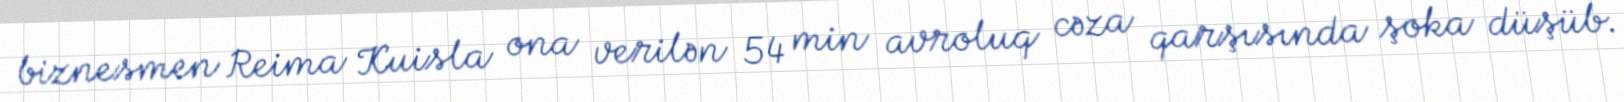
biznesmen Reima Kuisla ona verilən 54 min avroluq cəza qarşısında şoka düşüb.